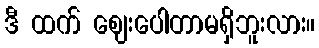
ဒီ ထက် ဈေးပေါတာမရှိဘူးလား။